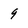
Character: 9